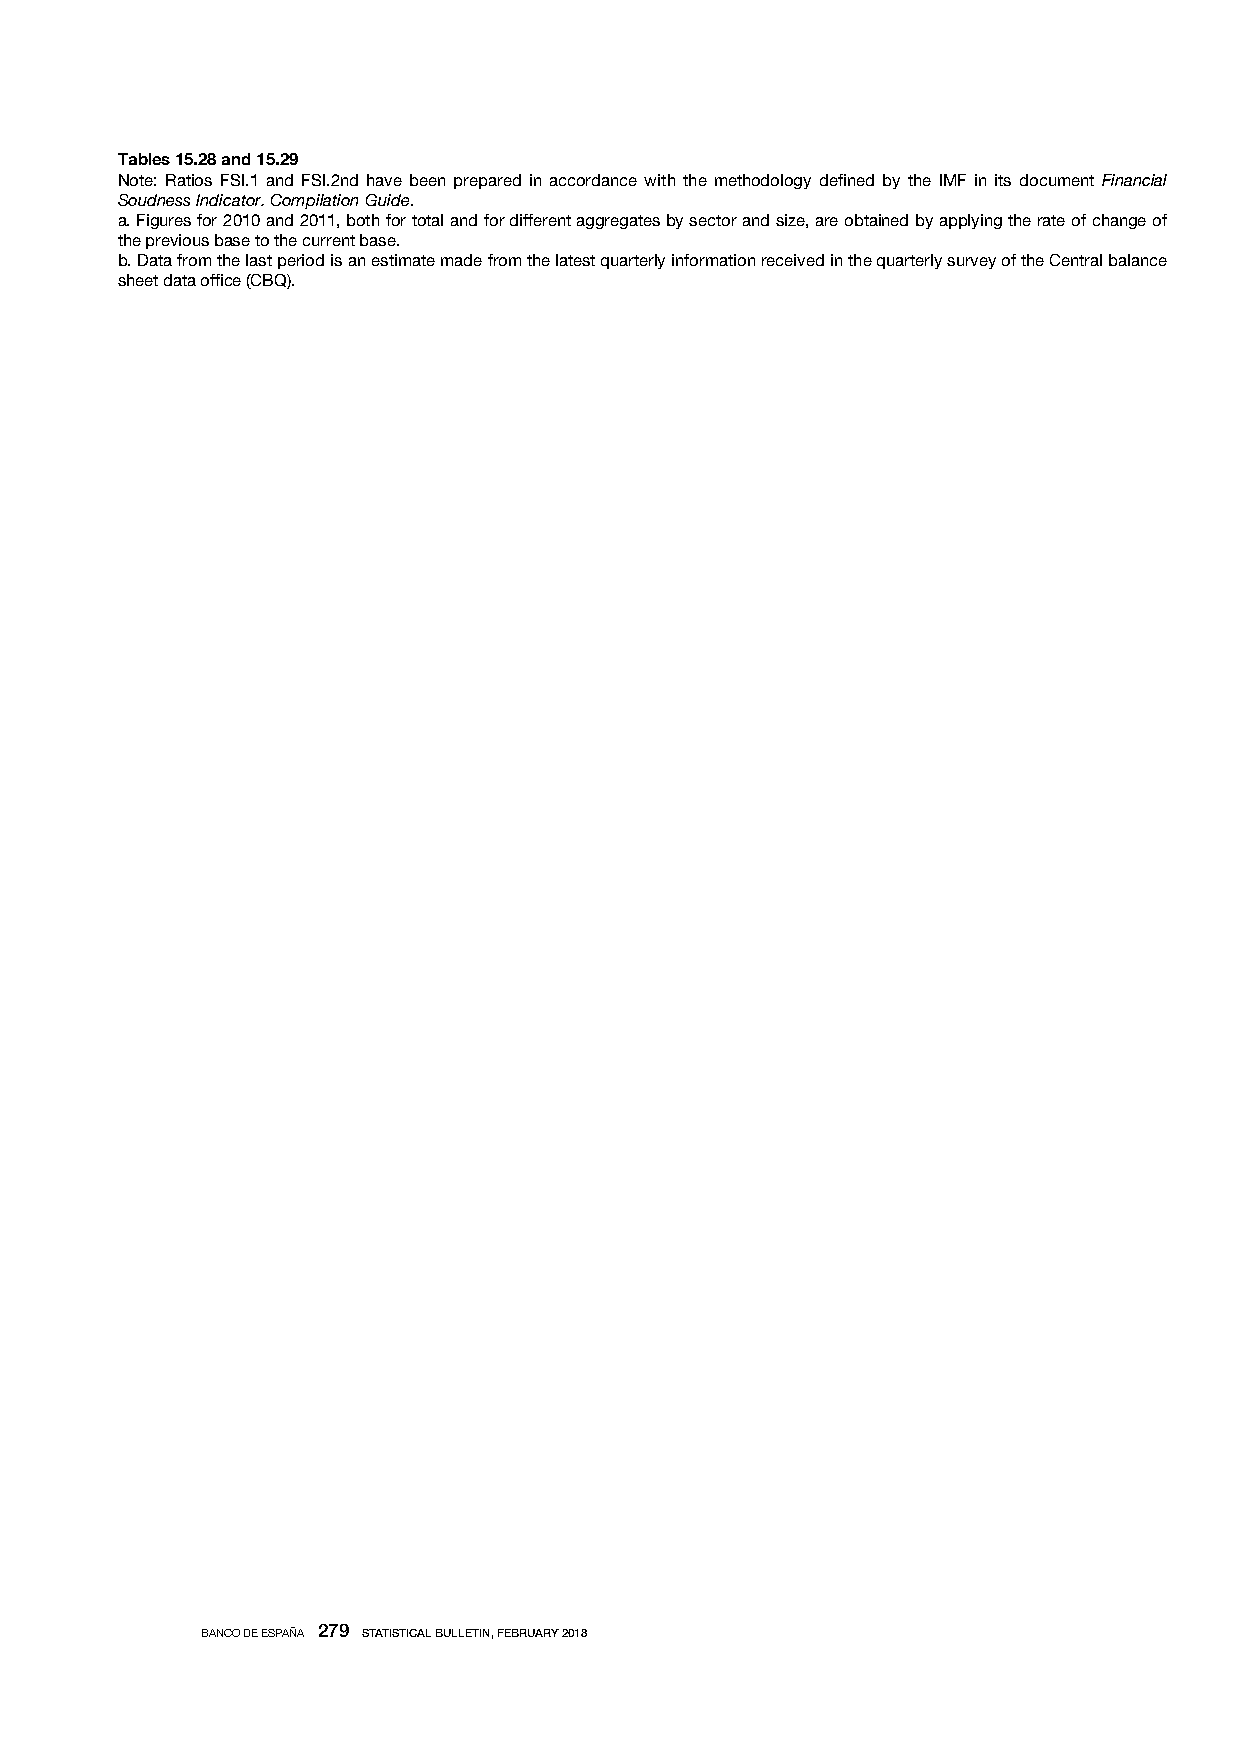
Tables 15.28 and 15.29
 Note: Ratios FSI.1 and FSI.2nd have been prepared in accordance with the methodology defined by the IMF in its document Financial
 Soudness Indicator. Compilation Guide.
 a. Figures for 2010 and 2011, both for total and for different aggregates by sector and size, are obtained by applying the rate of change of
 the previous base to the current base.
 b. Data from the last period is an estimate made from the latest quarterly information received in the quarterly survey of the Central balance
 sheet data office (CBQ).
 BANCO DE ESPAÑA 279 STATISTICAL BULLETIN, FEBRUARY 2018
 BANCO DE ESPAÑA / STATISTICAL BULLETIN